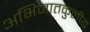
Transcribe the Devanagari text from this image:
अभिजातकुलीय